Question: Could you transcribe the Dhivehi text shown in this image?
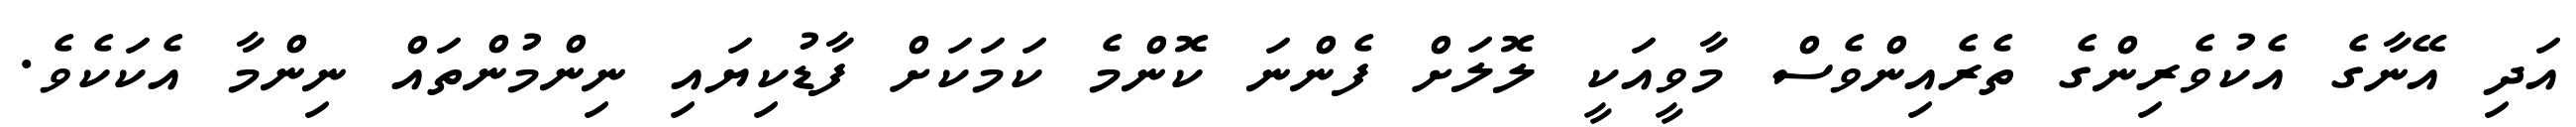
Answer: އަދި އޭނާގެ އެކުވެރިންގެ ތެރެއިންވެސް މާވީއަކީ ލޮލަށް ފެންނަ ކޮންމެ ކަމަކަށް ފާޑުކިޔައި ނިންމުންތައް ނިންމާ އެކަކެވެ.